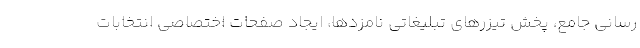
رسانی جامع، پخش تیزرهای تبلیغاتی نامزدها، ایجاد صفحات اختصاصی انتخابات